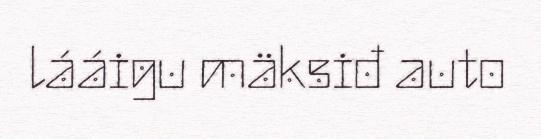
lááigu mäksiđ auto